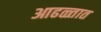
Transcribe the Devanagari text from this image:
आढळ्तात